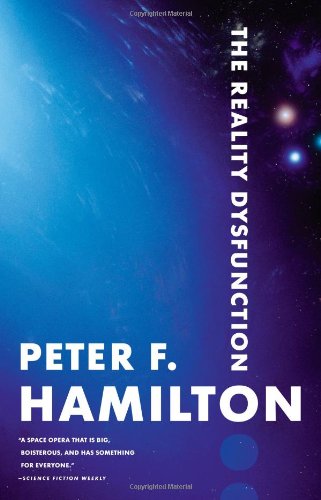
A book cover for The Reality Dysfunction (The Night's Dawn); Peter F. Hamilton; Science Fiction & Fantasy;